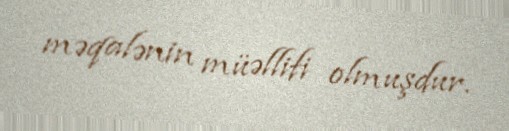
məqalənin müəllifi olmuşdur.